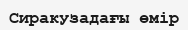
Сиракузадағы өмір